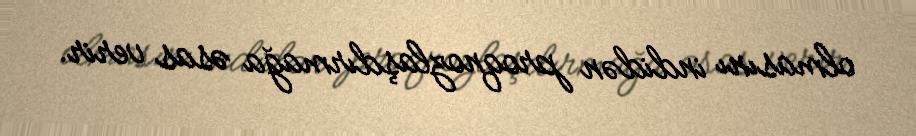
olmasını indidən proqnozlaşdırmağa əsas verir.